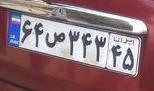
۶۴ص۳۴۳۴۵